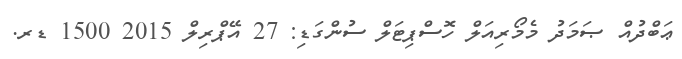
ޢަބްދުއް ޞަމަދު މެމޯރިއަލް ހޮސްޕިޓަލް ސުންގަޑި: 27 އޭޕްރިލް 2015 1500 ޑރ.